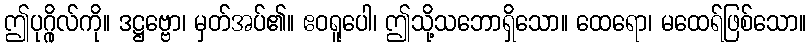
ဤပုဂ္ဂိုလ်ကို။ ဒဋ္ဌဗ္ဗော၊ မှတ်အပ်၏။ ဧဝရူပေါ၊ ဤသို့သဘောရှိသော။ ထေရော၊ မထေရ်ဖြစ်သော။